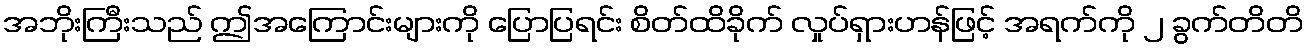
အဘိုးကြီးသည် ဤအကြောင်းများကို ပြောပြရင်း စိတ်ထိခိုက် လှုပ်ရှားဟန်ဖြင့် အရက်ကို ၂ ခွက်တိတိ